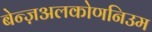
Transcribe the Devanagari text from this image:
बेन्ज़अलकोणनिउम